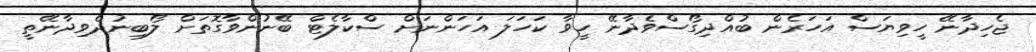
ޖެހިދާނޭ ހީވިޔަސް އަހަރެން ބުއްދިގޯސްވެދާނޭ ހީވާ ކަހަލަ އަހަންނަށް ސްކާލެޓް ބޭނުންވާގޮތަށް ލޯބިނުދެވިދާނޭތީ